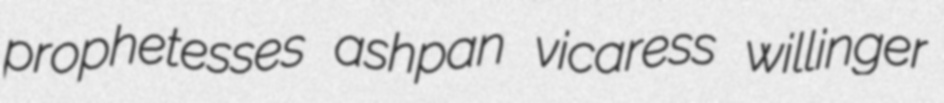
prophetesses ashpan vicaress willinger